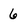
Character: 6